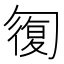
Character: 𠣾